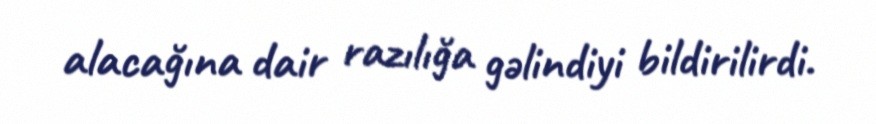
alacağına dair razılığa gəlindiyi bildirilirdi.